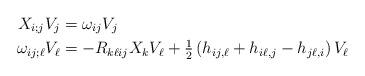
LaTeX: \begin{align*} X_{i;j} V_j &= \omega_{ij} V_j\\\omega_{ij;\ell} V_\ell &= - R_{k\ell ij} X_k V_\ell + \tfrac{1}{2} \left( h_{ij,\ell} + h_{i\ell, j} - h_{j\ell, i} \right) V_\ell\end{align*}